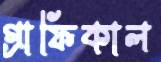
গ্রাফিকাল